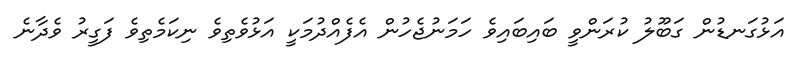
އަޅުގަނޑުން ގަބޫލު ކުރަންވީ ބައިބައިވެ ހަމަނުޖެހުން އެފެއްދުމަކީ އަޅުވެތިވެ ނިކަމެތިވެ ފަގީރު ވެދާނެ